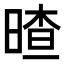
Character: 𣉎